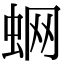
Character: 蛧